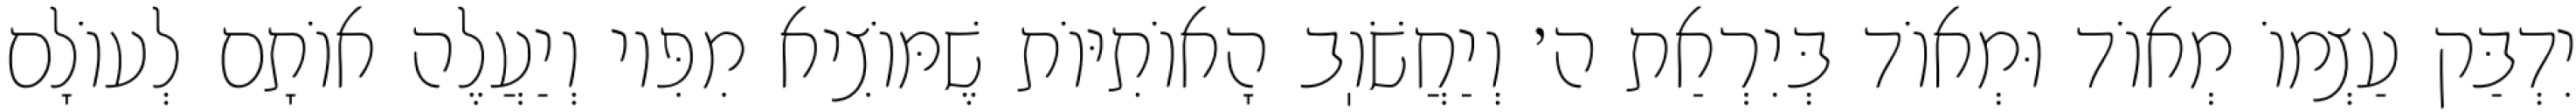
יִדְבַּק עַצְמוֹ מְאוֹד וּמְאוֹד בְּיִרְאַת ה׳ וְיַחֲשֹׁוֽב הָאוֹתִיּוֹת שֶׁמּוֹצִיא מִפִּיו וְיַעֲלֶה אוֹתָם לְעוֹלָם